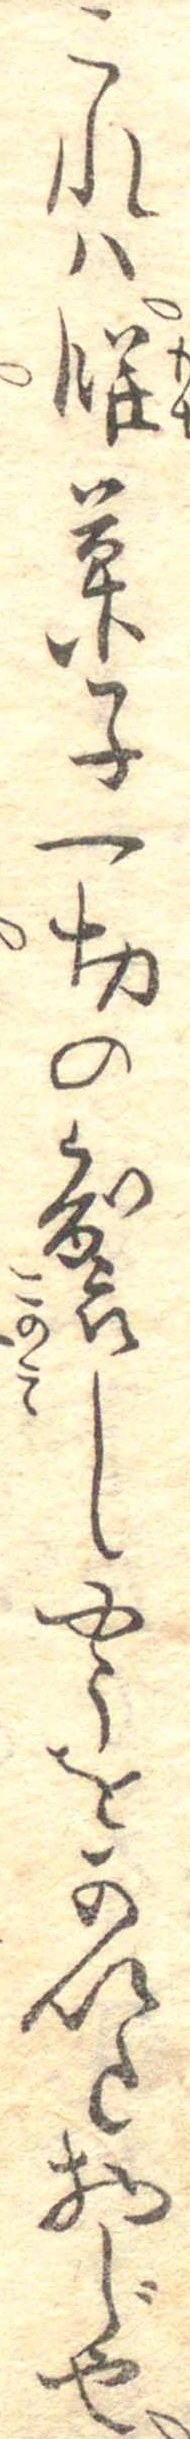
これは餅菓子一切の製しやうをかいた物じや